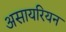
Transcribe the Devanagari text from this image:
असायरियन